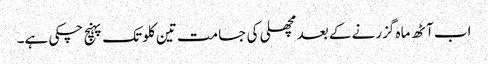
اب آٹھ ماہ گزرنے کے بعد مچھلی کی جسامت تین کلو تک پہنچ چکی ہے۔